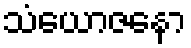
သံယောဇနော